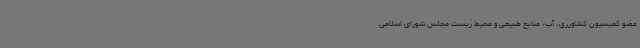
عضو کمیسیون کشاورزی، آب، منابع طبیعی و محیط زیست مجلس شورای اسلامی